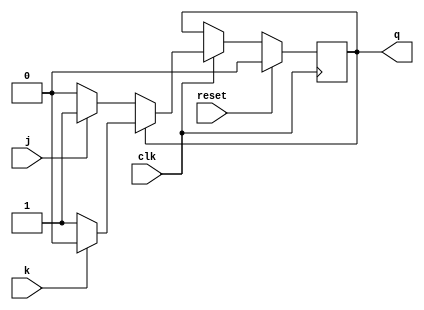
module q3(j,k,clk,reset,q);
    input j,k,clk,reset;
    output reg q;

    always @(posedge clk)
    begin
        if (reset)
            q <= 0;
        else
        begin
            if (clk)
            begin
                if (!q)
                begin
                    if (j)
                        q <= 1;
                end
                else
                begin
                    if (k) 
                        q <= 0;
                end
            end
        end
    end
endmodule